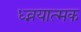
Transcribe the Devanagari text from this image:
ध्व्नयात्मक